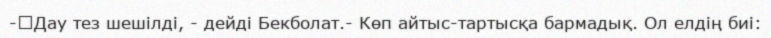
-	Дау тез шешілді, - дейді Бекболат.- Көп айтыс-тартысқа бармадық. Ол елдің биі: